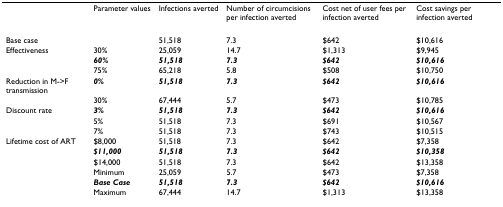
|  | Parameter values | Infections averted | Number of circumcisions per infection averted | Cost net of user fees per infection averted | Cost savings per infection averted |
 | --- | --- | --- | --- | --- | --- |
 | Base case |  | 51,518 | 7.3 | $642 | $10,616 |
 | Effectiveness | 30% | 25,059 | 14.7 | $1,313 | $9,945 |
 |  | 60% | 51,518 | 7.3 | $642 | $10,616 |
 |  | 75% | 65,218 | 5.8 | $508 | $10,750 |
 | Reduction in M->F transmission | 0% | 51,518 | 7.3 | $642 | $10,616 |
 |  | 30% | 67,444 | 5.7 | $473 | $10,785 |
 | Discount rate | 3% | 51,518 | 7.3 | $642 | $10,616 |
 |  | 5% | 51,518 | 7.3 | $691 | $10,567 |
 |  | 7% | 51,518 | 7.3 | $743 | $10,515 |
 | Lifetime cost of ART | $8,000 | 51,518 | 7.3 | $642 | $7,358 |
 |  | $11,000 | 51,518 | 7.3 | $642 | $10,358 |
 |  | $14,000 | 51,518 | 7.3 | $642 | $13,358 |
 |  | Minimum | 25,059 | 5.7 | $473 | $7,358 |
 |  | Base Case | 51,518 | 7.3 | $642 | $10,616 |
 |  | Maximum | 67,444 | 14.7 | $1,313 | $13,358 |